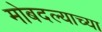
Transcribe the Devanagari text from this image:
मोबदल्याच्या